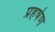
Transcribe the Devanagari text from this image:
प्रहर्षण